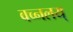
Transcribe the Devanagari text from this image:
वच्नलय्